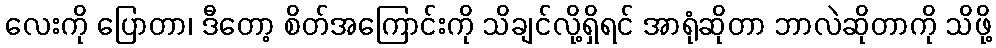
လေးကို ပြောတာ၊ ဒီတော့ စိတ်အကြောင်းကို သိချင်လို့ရှိရင် အာရုံဆိုတာ ဘာလဲဆိုတာကို သိဖို့